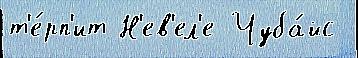
т'е́рп'ит Н'ев'ел'е Чуба́йс